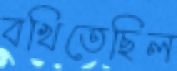
বখিতেছিল